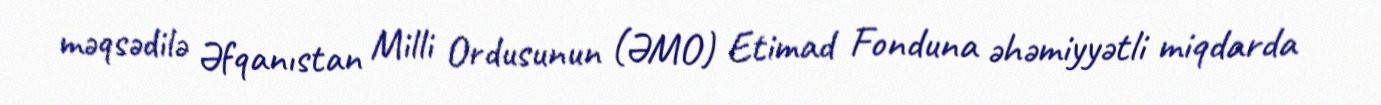
məqsədilə Əfqanıstan Milli Ordusunun (ƏMO) Etimad Fonduna əhəmiyyətli miqdarda